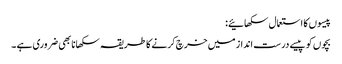
پیسوں کا استعمال سکھائیے:
بچوں کو پیسے درست انداز میں خرچ کرنے کا طریقہ سکھانا بھی ضروری ہے ۔